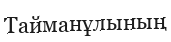
Тайманұлының